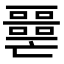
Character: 𡂧